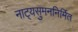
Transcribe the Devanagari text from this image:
नाट्यसुमननिर्मित